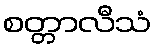
စတ္တာလီသံ